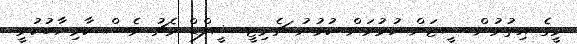
މީގެ އިތުރުން ސީޒަން ހުޅުވަން ކުޅުނު ޗެރިޓީ ޝީލްޑް މެޗު ވެސް ކާމިޔާބުކުރީ